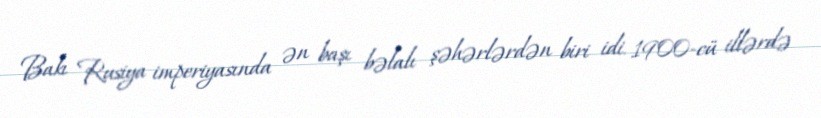
Bakı Rusiya imperiyasında ən başı bəlalı şəhərlərdən biri idi. 1900-cü illərdə